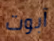
آبوت